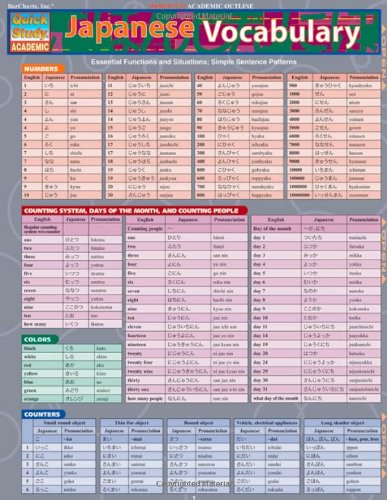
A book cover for Japanese Vocabulary (Quickstudy: Academic); Inc. BarCharts; Literature & Fiction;